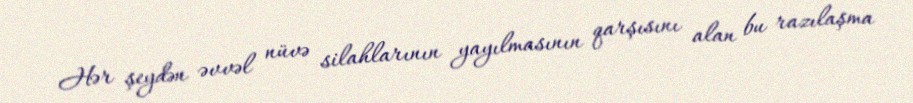
Hər şeydən əvvəl nüvə silahlarının yayılmasının qarşısını alan bu razılaşma